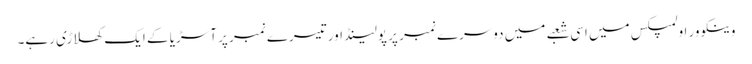
وینکوور اولمپکس میں اسی شعبے میں دوسرے نمبر پر پولینڈ اور تیسرے نمبر پر آسڑیا کے ایک کھلاڑی رہے۔